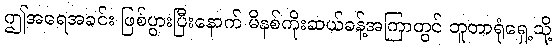
ဤအရေအခင်း ဖြစ်ပွားပြီးနောက် မိနစ်ကိုးဆယ်ခန့်အကြာတွင် ဘူတာရုံရှေ့သို့